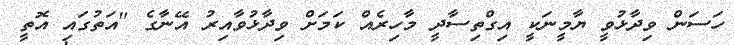
ހަސަން ވިދާޅުވީ ޔާމީނަކީ އިގްތިސާދީ މާހިރެއް ކަމަށް ވިދާޅުވާއިރު އޭނާގެ "އަތުގައި އޮތީ